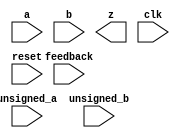
(* blackbox *)
module RS_DSP_MULT_REGOUT ( // TODO: Name subject to change
    input  wire [19:0] a,
    input  wire [17:0] b,
    output wire [37:0] z,

    (* clkbuf_sink *)
    input  wire       clk,
    input  wire       reset,
    input  wire [2:0] feedback,
    input  wire       unsigned_a,
    input  wire       unsigned_b
);

parameter [79:0] MODE_BITS = 80'd0;

endmodule